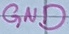
Text: GND